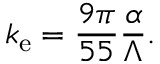
k _ { \mathrm { e } } = \frac { 9 \pi } { 5 5 } \frac { \alpha } { \Lambda } .